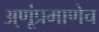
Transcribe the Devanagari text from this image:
अ्णूंप्रमाणेच